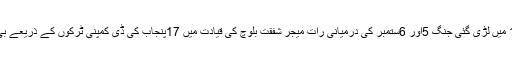
پاکستان اور بھارت کے مابین 1965 میں لڑی گئی جنگ 5اور 6ستمبر کی درمیانی رات میجر شفقت بلوچ کی قیادت میں 17پنجاب کی ڈی کمپنی ٹرکوں کے ذریعے بی آربی نہر کے پاس پہنچی اس وقت ۔